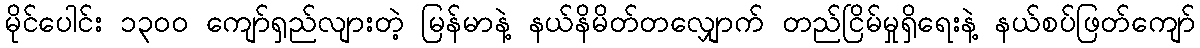
မိုင်ပေါင်း ၁၃၀၀ ကျော်ရှည်လျားတဲ့ မြန်မာနဲ့ နယ်နိမိတ်တလျှောက် တည်ငြိမ်မှုရှိရေးနဲ့ နယ်စပ်ဖြတ်ကျော်